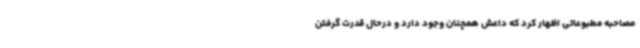
مصاحبه مطبوعاتی اظهار کرد که داعش همچنان وجود دارد و درحال قدرت گرفتن